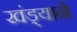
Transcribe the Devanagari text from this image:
खंड्याने